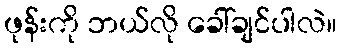
ဖုန်းကို ဘယ်လို ခေါ်ချင်ပါလဲ။